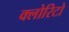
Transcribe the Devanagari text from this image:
क्लोरिटो